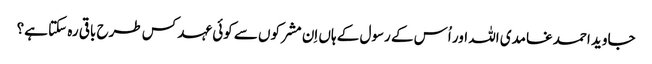
جاوید احمد غامدی اللہ اور اُس کے رسول کے ہاں اِن مشرکوں سے کوئی عہد کس طرح باقی رہ سکتا ہے؟